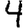
Digit: 4